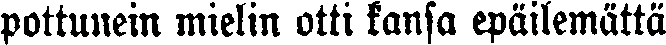
pottunein mielin otti kansa epäilemättä